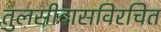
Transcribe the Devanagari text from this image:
तुलसीदासविरचित